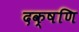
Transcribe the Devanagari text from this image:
दक्षणि